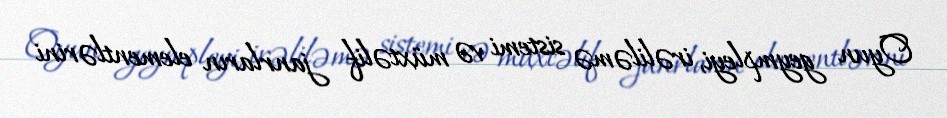
Oyun geympleyi, irəliləmə sistemi və müxtəlif janrların elementlərini